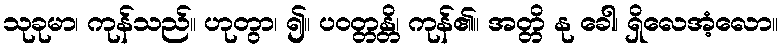
သုခုမာ၊ ကုန်သည်။ ဟုတွာ၊ ၍။ ပဝတ္တန္တိ၊ ကုန်၏။ အတ္တိ နု ခေါ၊ ရှိလေအံ့လော။